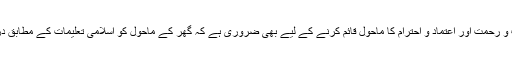
چنانچہ گھروں میں برکت و رحمت اور اعتماد و احترام کا ماحول قائم کرنے کے لیے بھی ضروری ہے کہ گھر کے ماحول کو اسلامی تعلیمات کے مطابق درست رکھنے کا اہتمام ہو۔